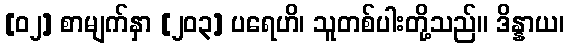
[၀၂] စာမျက်နှာ [၂၀၃] ပရေဟိ၊ သူတစ်ပါးတို့သည်။ ဒိန္နာယ၊